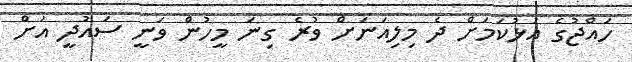
ހައްޖުގެ އަޅުކަމަށް ދެ މިލިއަނަށް ވުރެ ގިނަ މީހުން ވަނީ ސައުދީ އަށް